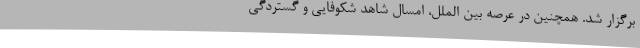
برگزار شد. همچنین در عرصه بین الملل، امسال شاهد شکوفایی و گستردگی